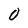
Character: O